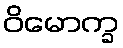
ဝိမောက္ခ